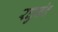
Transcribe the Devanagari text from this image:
रघुनंद